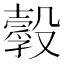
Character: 𣫌